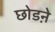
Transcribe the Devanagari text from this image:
छोडऩे